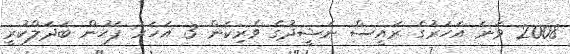
2008 ވަނަ އަހަރުގެ ރައީސް ނަޝީދުގެ ވެރިކަން 3 އަހަރު ފަހުން ބަދަލްކުރީ